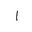
Letter: _alif